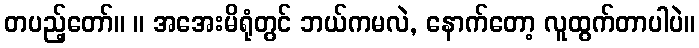
တပည့်တော်။ ။ အအေးမိရုံတွင် ဘယ်ကမလဲ, နောက်တော့ လူထွက်တာပါပဲ။